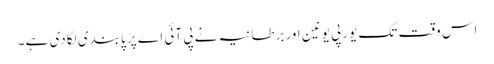
اس وقت تک یورپی یونین اور برطانیہ نے پی آئی اے پر پابندی لگادی ہے ۔